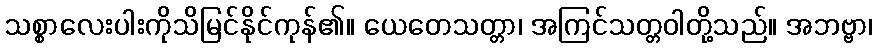
သစ္စာလေးပါးကိုသိမြင်နိုင်ကုန်၏။ ယေတေသတ္တာ၊ အကြင်သတ္တဝါတို့သည်။ အဘဗ္ဗာ၊